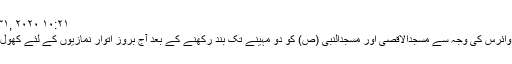
May ۳۱, ۲۰۲۰ ۱۰:۲۱
کورونا وائرس کی وجہ سے مسجدالاقصی اور مسجدالنبی (ص) کو دو مہینے تک بند رکھنے کے بعد آج بروز اتوار نمازیوں کے لئے کھول دیا گیا۔